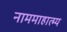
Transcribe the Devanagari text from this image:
नाममाहात्म्य